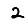
Digit: 2